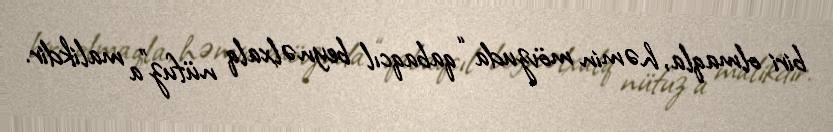
biri olmaqla, həmin mövzuda “qabaqcıl beynəlxalq nüfuz”a malikdir.